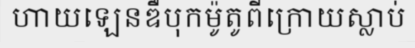
ហាយឡេនឌឺបុកម៉ូតូពីក្រោយស្លាប់